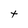
Character: t